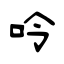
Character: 呤